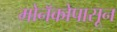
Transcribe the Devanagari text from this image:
मोनॅकोपासून